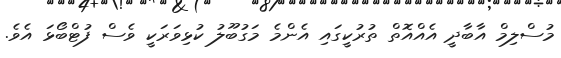
މުސްލިމް އާބާދީ އެއްއޮތް ތުރުކީގައި އެންމެ މަގުބޫލު ކުޅިވަރަކީ ވެސް ފުޓްބޯޅަ އެވެ.